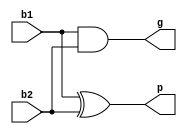
module pc_cal(
	input b1,
	input b2,
	output p,
	output g
	);
assign p = b1 ^ b2;
assign g = b1 & b2;

endmodule